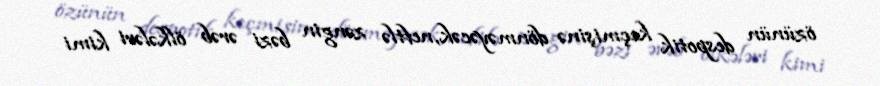
özünün despotik keçmişinə dönməyəcək, neftlə zəngin bəzi ərəb ölkələri kimi